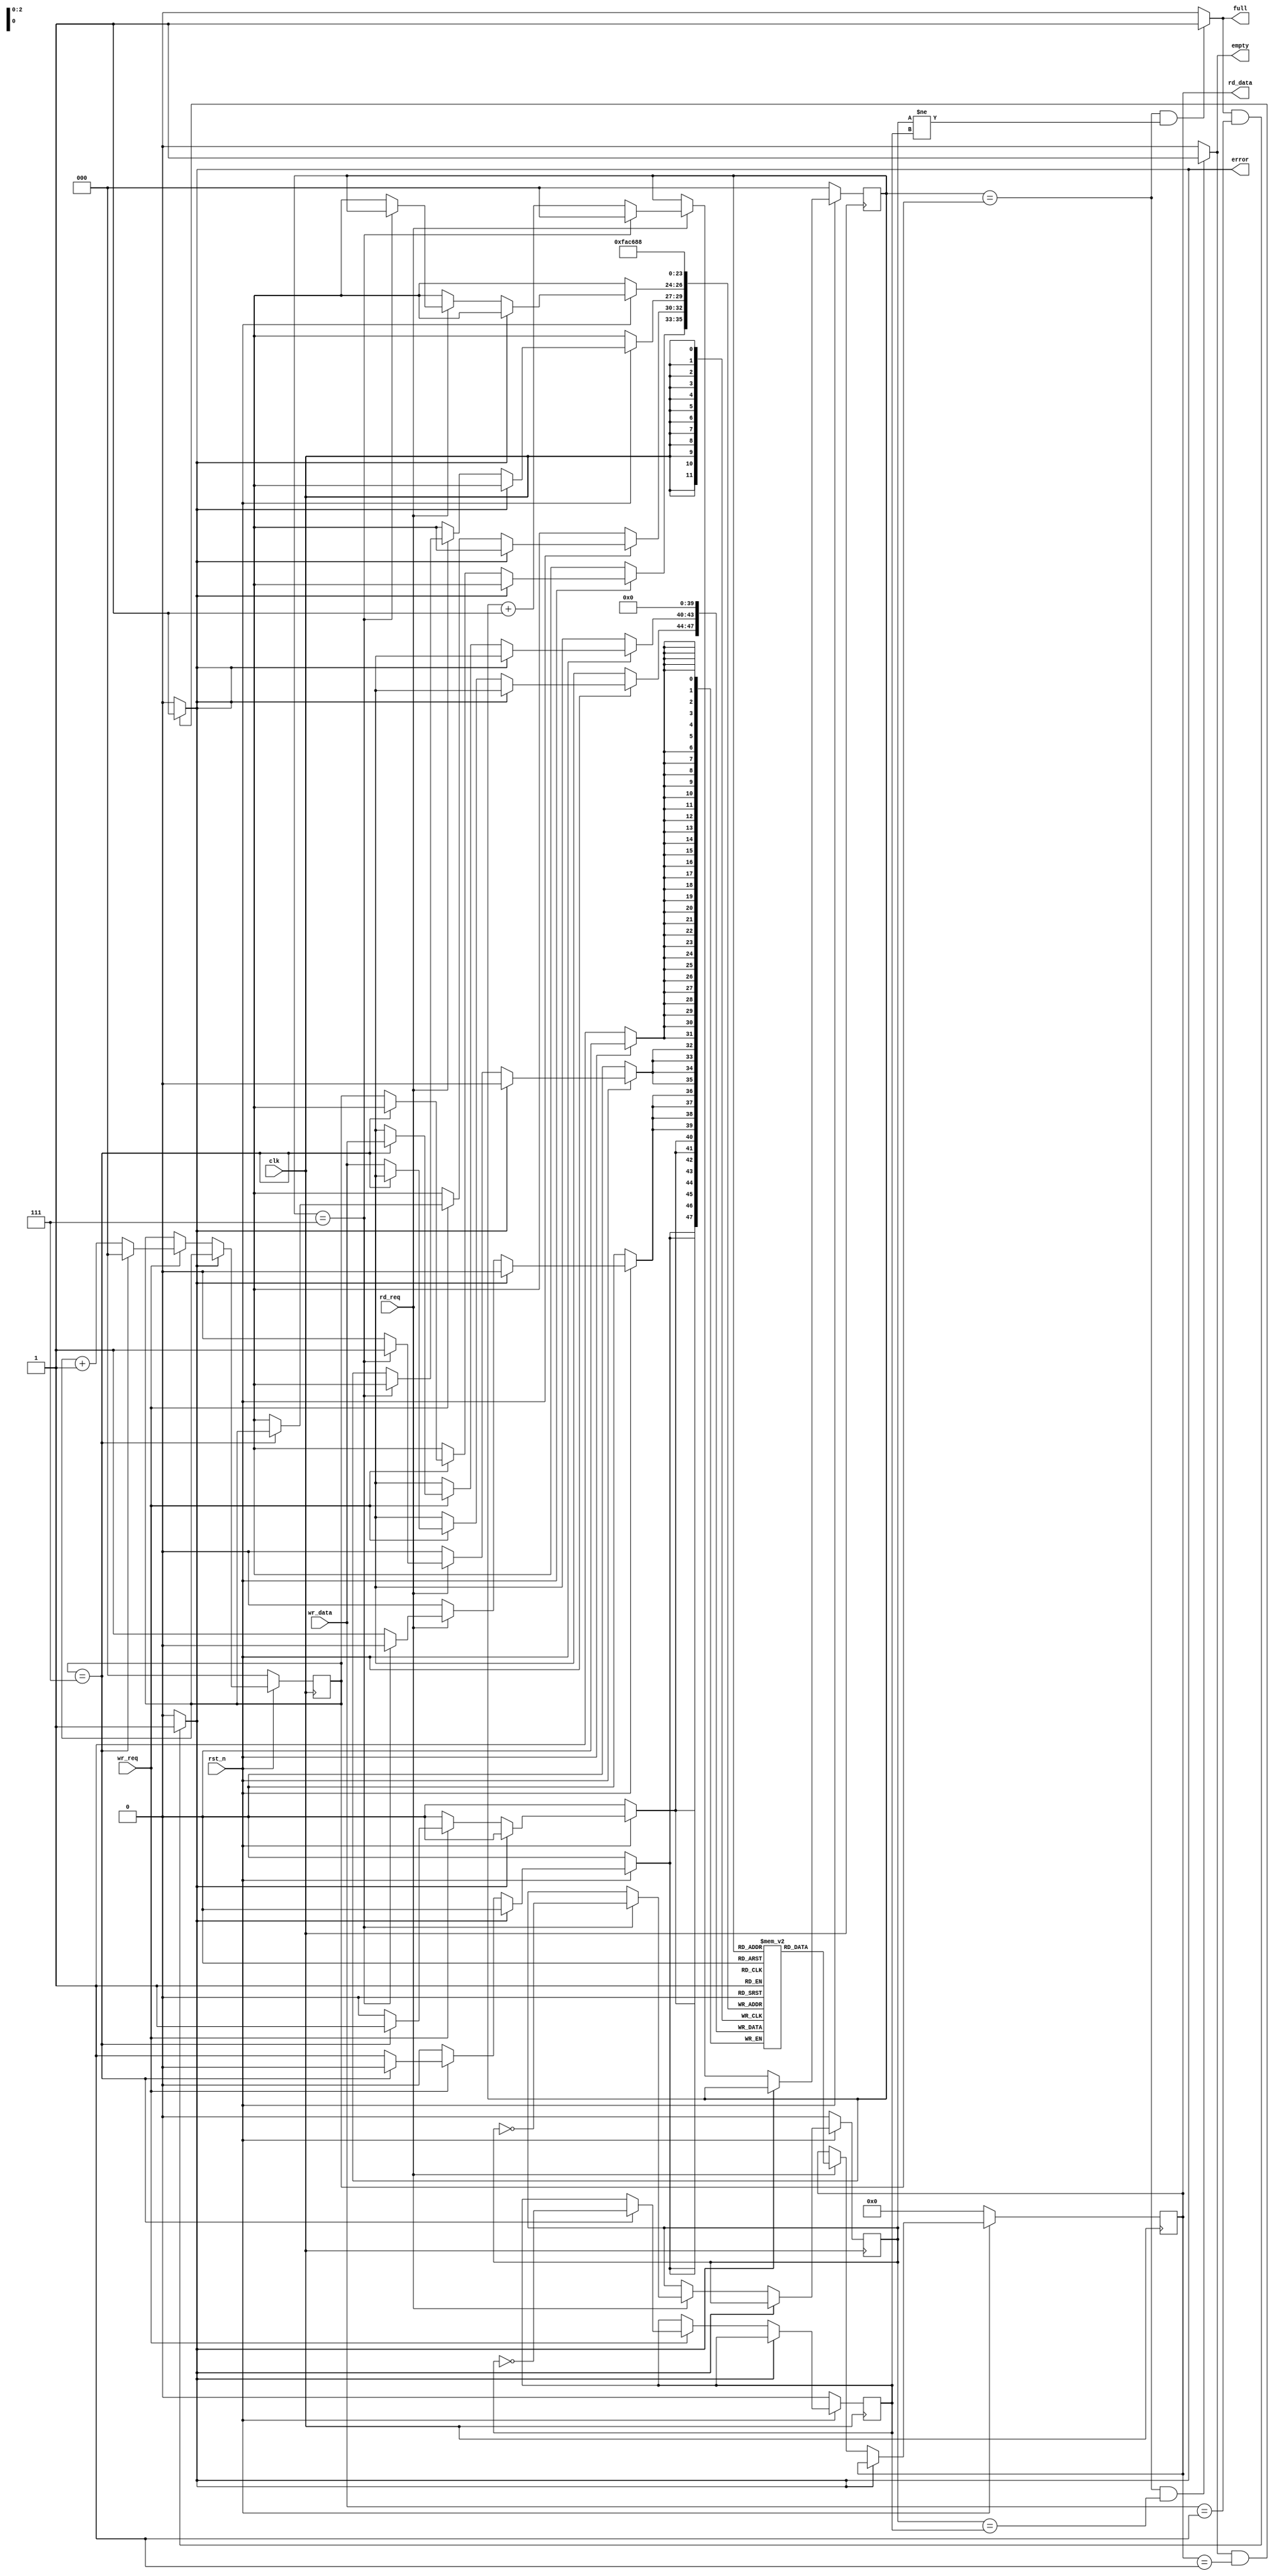
// `timescale 1ns / 1ns
//////////////////////////////////////////////////////////////////////////////////
// Company: 
// Engineer: 
// 
// Design Name: 
// Module Name: FIFO
// Project Name: 
// Target Devices: 
// Tool Versions: 
// Description: 
// 
// Dependencies: 
// 
// Revision:
// Revision 0.01 - File Created
// Additional Comments:
// 
//////////////////////////////////////////////////////////////////////////////////

// parameterized, circular, read-first stack
// synchronous, active-low rst_n
module FIFO #(
              parameter    WL = 4,
              parameter DEPTH = 8
             )
             (
              input  wire          clk,
              input  wire          rst_n,
              input  wire          rd_req,
              input  wire          wr_req,
              input  wire [WL-1:0] wr_data,
              output wire          full,
              output wire          empty,
              output wire          error,
              output reg  [WL-1:0] rd_data
             );
    
    // for-loop variables
    integer i;
    
    // inner module variables
    reg r_wrap;
    reg w_wrap;
    reg [($clog2(DEPTH))-1:0] rp;
    reg [($clog2(DEPTH))-1:0] wp;
    reg [WL-1:0] stack [0:DEPTH-1];
    
    // full and empty combinational logic
    assign full = ( (rp == wp) && (r_wrap != w_wrap) ) ? 1'b1 : 1'b0;
    assign empty = ( (rp == wp) && (r_wrap == w_wrap) ) ? 1'b1 : 1'b0;
    
    // error combinational logic
    assign error = (empty == 1 && rd_data == 1) ? 1'b1 : 1'b0;
    assign error = (full == 1 && wr_data == 1) ? 1'b1 : 1'b0;

    // reading and writing sequential logic
    always @(posedge clk) begin
    
        // take if rst_n is active
        if (rst_n == 0) begin 
                
                rp <= 0;
                wp <= 0;
                r_wrap <= 0;
                w_wrap <= 0;
                rd_data <= 0;
            
                // initallize stack with 0's
                for (i = 0; i < DEPTH; i = i+1) begin 
                    stack[i] <= 0;
                end
            
        end
            
        // take if rst_n isn't active
        else begin
            
            // read and write only if error isn't active
            if (error == 0) begin
            
                // reading from the stack
                if (rd_req == 1) begin
                    
                    // special condition for circular read
                    if (rp == DEPTH-1) begin
                        rd_data <= stack[rp];
                        rp <= 0;    
                        stack[rp] <= 0;
                        r_wrap <= !(r_wrap);
                    end 
                    else begin
                        rd_data <= stack[rp];
                        rp <= rp+1;
                        stack[rp] <= 0;
                    end

                end

                // writing to the stack
                if (wr_req == 1) begin
                
                    // special condition for circular write
                    if (wp == DEPTH-1) begin
                        stack[wp] <= wr_data;
                        wp <= 0;
                        w_wrap <= !(w_wrap);
                    end
                    else begin
                        stack[wp] <= wr_data;
                        wp <= wp+1;
                    end
                    
                end
                            
            end
            
        end
    
    end

endmodule